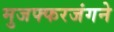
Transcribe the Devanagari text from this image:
मुजफ्फरजंगने